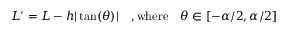
L ^ { \prime } = L - h | \tan ( \theta ) | \quad , \mathrm { w h e r e } \quad \theta \in [ - \alpha / 2 , \alpha / 2 ]